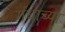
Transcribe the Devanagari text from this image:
गंधाच्या